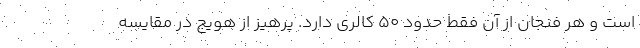
است و هر فنجان از آن فقط حدود 50 کالری دارد. پرهیز از هویج در مقایسه